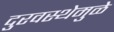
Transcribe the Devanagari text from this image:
दुरवस्थेमुळे